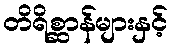
တိရိစ္ဆာန်များနှင့်